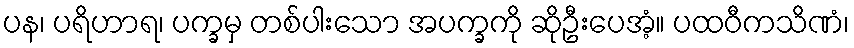
ပန၊ ပရိဟာရ၊ ပက္ခမှ တစ်ပါးသော အပက္ခကို ဆိုဦးပေအံ့။ ပထဝီကသိဏံ၊